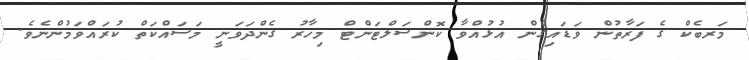
މަރބެކް ގެ ފަރާތުން ވަޑައިގެން އުޅުއްވާ ކޮންސަލްޓަންޓް މިހާރު ގެންދަވަނީ މަސައްކަތް ކުރައްވަމުންނެވެ.